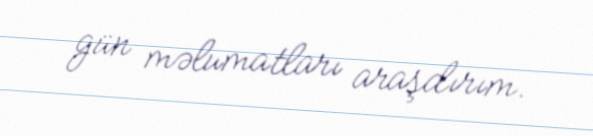
gün məlumatları araşdırım.